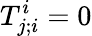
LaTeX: T_{j;i}^{i}=0